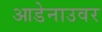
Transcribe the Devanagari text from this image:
आडेनाउवर